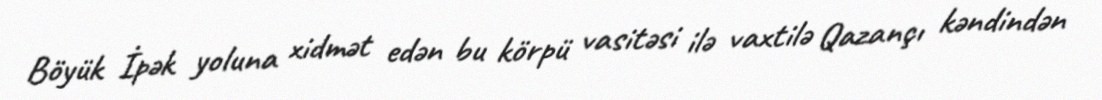
Böyük İpək yoluna xidmət edən bu körpü vasitəsi ilə vaxtilə Qazançı kəndindən